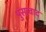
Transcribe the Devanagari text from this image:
पुंसावाद